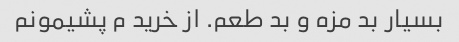
بسیار بد مزه و بد طعم. از خرید م پشیمونم